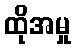
ထိုအမှု